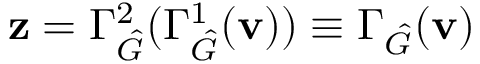
\mathbf { z } = \Gamma _ { \hat { G } } ^ { 2 } ( \Gamma _ { \hat { G } } ^ { 1 } ( \mathbf { v } ) ) \equiv \Gamma _ { \hat { G } } ( \mathbf { v } )